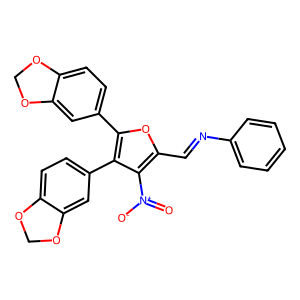
SMILES: O=[N+]([O-])c1c(C=Nc2ccccc2)oc(-c2ccc3c(c2)OCO3)c1-c1ccc2c(c1)OCO2
Inhibits HIV replication: No